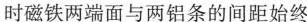
时磁铁两端面与两铝条的间距始终